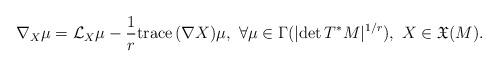
LaTeX: \begin{align*}\nabla_{X} \mu = {\mathcal L}_{X}\mu -\frac{1}{r} \mathrm{trace}\, (\nabla X) \mu,\ \forall \mu \in \Gamma ( | \mathrm{det}\, T^{*}M |^{1/r}),\ X\in {\mathfrak X}(M).\end{align*}